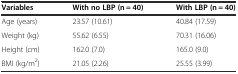
<table><thead><tr><td><b>Variables</b></td><td><b>With no LBP (n = 40)</b></td><td><b>With LBP (n = 40)</b></td></tr></thead><tbody><tr><td>Age (years)</td><td>23.57 (10.61)</td><td>40.84 (17.59)</td></tr><tr><td>Weight (kg)</td><td>55.62 (6.55)</td><td>70.31 (16.06)</td></tr><tr><td>Height (cm)</td><td>162.0 (7.0)</td><td>165.0 (9.0)</td></tr><tr><td>BMI (kg/m<sup>2</sup>)</td><td>21.05 (2.26)</td><td>25.55 (3.99)</td></tr></tbody></table>